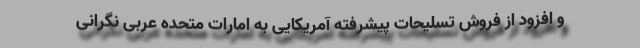
و افزود از فروش تسلیحات پیشرفته آمریکایی به امارات متحده عربی نگرانی